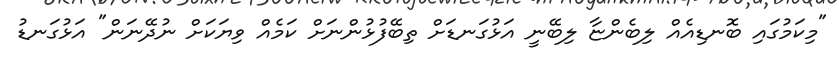
"މިކަމުގައި ބޮނޑިއެއް ލިބެންޏާ ލިބޭނީ އަޅުގަނޑަށް ތިބޭފުޅުންނަށް ކަމެއް ވިޔަކަށް ނުދޭނަން" އަޅުގަނޑު